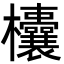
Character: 欜